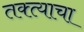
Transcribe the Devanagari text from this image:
तक्त्याचा